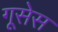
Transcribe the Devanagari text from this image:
गूसेस